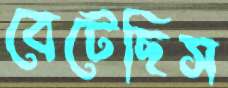
বেটেছিস